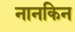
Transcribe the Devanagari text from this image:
नानकिन